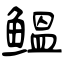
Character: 鳁